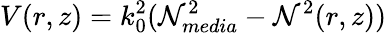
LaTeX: V(r,z)=k_{0}^{2}(\mathcal{N}_{media}^{2}-\mathcal{N}^{2}(r,z))